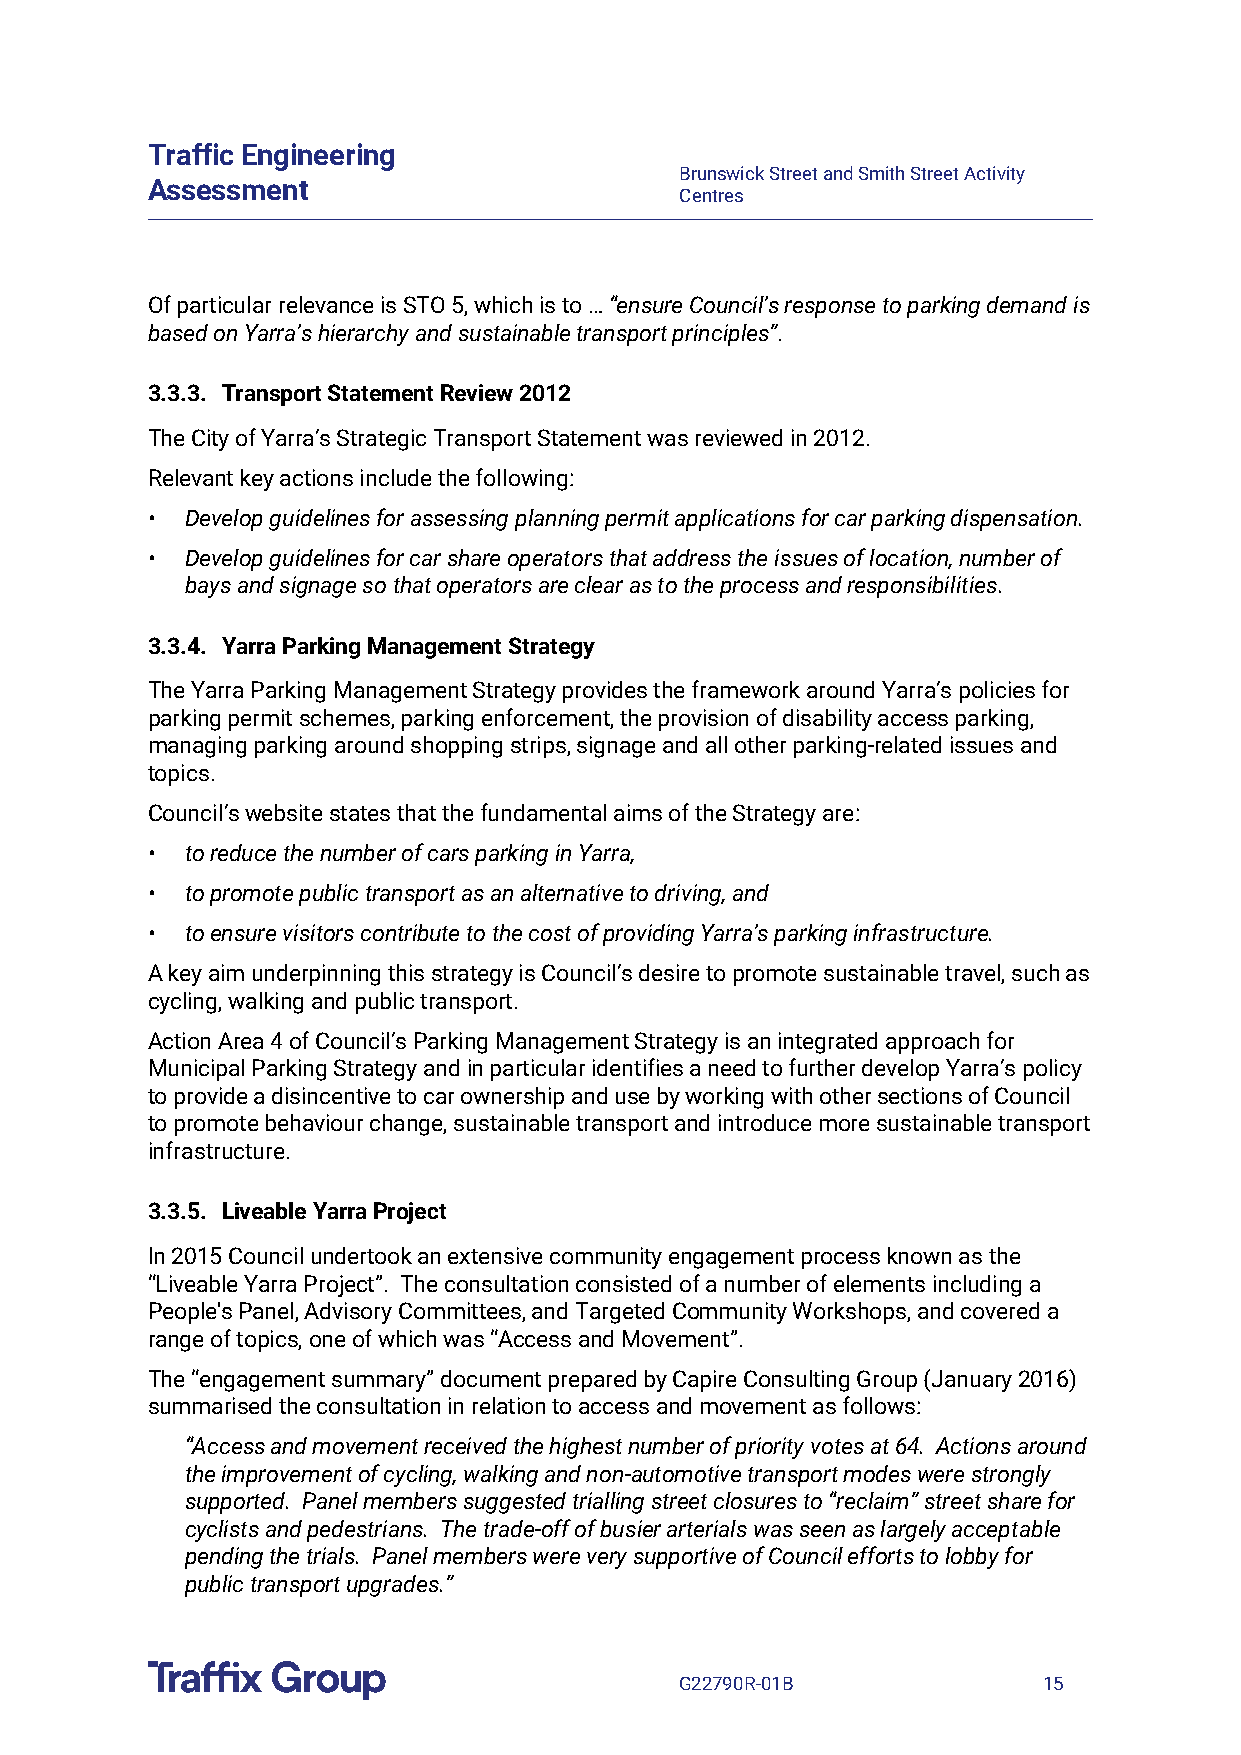
Traffic Engineering
 Brunswick Street and Smith Street Activity
 Assessment
 Centres
 Of particular relevance is STO 5, which is to … “ensure Council’s response to parking demand is
 based on Yarra’s hierarchy and sustainable transport principles”.
 3.3.3. Transport Statement Review 2012
 The City of Yarra’s Strategic Transport Statement was reviewed in 2012.
 Relevant key actions include the following:
 • Develop guidelines for assessing planning permit applications for car parking dispensation.
 • Develop guidelines for car share operators that address the issues of location, number of
 bays and signage so that operators are clear as to the process and responsibilities.
 3.3.4. Yarra Parking Management Strategy
 The Yarra Parking Management Strategy provides the framework around Yarra’s policies for
 parking permit schemes, parking enforcement, the provision of disability access parking,
 managing parking around shopping strips, signage and all other parking-related issues and
 topics.
 Council’s website states that the fundamental aims of the Strategy are:
 • to reduce the number of cars parking in Yarra,
 • to promote public transport as an alternative to driving, and
 • to ensure visitors contribute to the cost of providing Yarra’s parking infrastructure.
 A key aim underpinning this strategy is Council’s desire to promote sustainable travel, such as
 cycling, walking and public transport.
 Action Area 4 of Council’s Parking Management Strategy is an integrated approach for
 Municipal Parking Strategy and in particular identifies a need to further develop Yarra’s policy
 to provide a disincentive to car ownership and use by working with other sections of Council
 to promote behaviour change, sustainable transport and introduce more sustainable transport
 infrastructure.
 3.3.5. Liveable Yarra Project
 In 2015 Council undertook an extensive community engagement process known as the
 “Liveable Yarra Project”. The consultation consisted of a number of elements including a
 People's Panel, Advisory Committees, and Targeted Community Workshops, and covered a
 range of topics, one of which was “Access and Movement”.
 The “engagement summary” document prepared by Capire Consulting Group (January 2016)
 summarised the consultation in relation to access and movement as follows:
 “Access and movement received the highest number of priority votes at 64. Actions around
 the improvement of cycling, walking and non-automotive transport modes were strongly
 supported. Panel members suggested trialling street closures to “reclaim” street share for
 cyclists and pedestrians. The trade-off of busier arterials was seen as largely acceptable
 pending the trials. Panel members were very supportive of Council efforts to lobby for
 public transport upgrades.”
 G22790R-01B             15